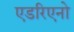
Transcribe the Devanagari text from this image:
एडरिएनो